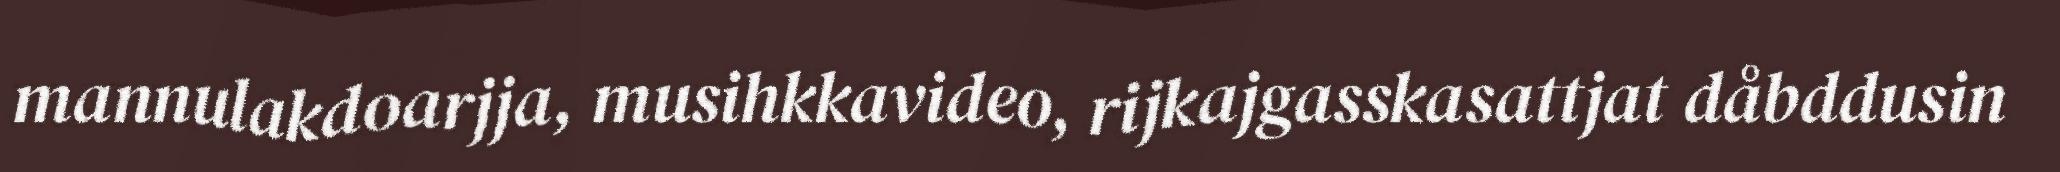
mannulakdoarjja, musihkkavideo, rijkajgasskasattjat dåbddusin